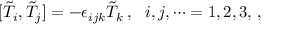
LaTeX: [ \tilde { T } _ { i } , \tilde { T } _ { j } ] = - \epsilon _ { i j k } \tilde { T } _ { k } \, , \, \, \, \, i , j , \cdots = 1 , 2 , 3 , \, ,